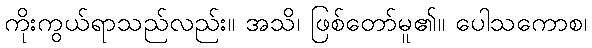
ကိုးကွယ်ရာသည်လည်း။ အသိ၊ ဖြစ်တော်မူ၏။ ပေါသကောစ၊